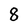
Character: 8